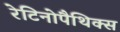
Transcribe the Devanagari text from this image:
रेटिनोपैथिक्स